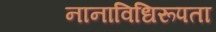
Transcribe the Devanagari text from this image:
नानाविधिरूपता